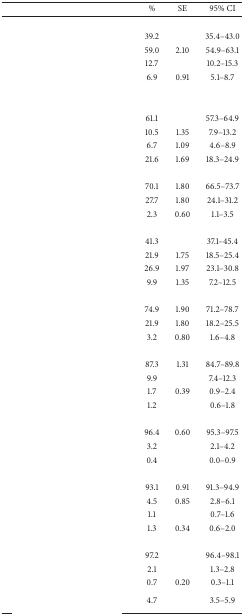
<table><thead><tr><td>[EMPTY_CELL]</td><td><b>%</b></td><td><b>SE</b></td><td><b>95% CI</b></td></tr></thead><tbody><tr><td>[EMPTY_CELL]</td><td>[EMPTY_CELL]</td><td>[EMPTY_CELL]</td><td>[EMPTY_CELL]</td></tr><tr><td>[EMPTY_CELL]</td><td>39.2</td><td>[EMPTY_CELL]</td><td>35.4–43.0</td></tr><tr><td>[EMPTY_CELL]</td><td>59.0</td><td>2.10</td><td>54.9–63.1</td></tr><tr><td>[EMPTY_CELL]</td><td>12.7</td><td>[EMPTY_CELL]</td><td>10.2–15.3</td></tr><tr><td>[EMPTY_CELL]</td><td>6.9</td><td>0.91</td><td>5.1–8.7</td></tr><tr><td>[EMPTY_CELL]</td><td>[EMPTY_CELL]</td><td>[EMPTY_CELL]</td><td>[EMPTY_CELL]</td></tr><tr><td>[EMPTY_CELL]</td><td>[EMPTY_CELL]</td><td>[EMPTY_CELL]</td><td>[EMPTY_CELL]</td></tr><tr><td>[EMPTY_CELL]</td><td>61.1</td><td>[EMPTY_CELL]</td><td>57.3–64.9</td></tr><tr><td>[EMPTY_CELL]</td><td>10.5</td><td>1.35</td><td>7.9–13.2</td></tr><tr><td>[EMPTY_CELL]</td><td>6.7</td><td>1.09</td><td>4.6–8.9</td></tr><tr><td>[EMPTY_CELL]</td><td>21.6</td><td>1.69</td><td>18.3–24.9</td></tr><tr><td>[EMPTY_CELL]</td><td>[EMPTY_CELL]</td><td>[EMPTY_CELL]</td><td>[EMPTY_CELL]</td></tr><tr><td>[EMPTY_CELL]</td><td>70.1</td><td>1.80</td><td>66.5–73.7</td></tr><tr><td>[EMPTY_CELL]</td><td>27.7</td><td>1.80</td><td>24.1–31.2</td></tr><tr><td>[EMPTY_CELL]</td><td>2.3</td><td>0.60</td><td>1.1–3.5</td></tr><tr><td>[EMPTY_CELL]</td><td>[EMPTY_CELL]</td><td>[EMPTY_CELL]</td><td>[EMPTY_CELL]</td></tr><tr><td>[EMPTY_CELL]</td><td>41.3</td><td>[EMPTY_CELL]</td><td>37.1–45.4</td></tr><tr><td>[EMPTY_CELL]</td><td>21.9</td><td>1.75</td><td>18.5–25.4</td></tr><tr><td>[EMPTY_CELL]</td><td>26.9</td><td>1.97</td><td>23.1–30.8</td></tr><tr><td>[EMPTY_CELL]</td><td>9.9</td><td>1.35</td><td>7.2–12.5</td></tr><tr><td>[EMPTY_CELL]</td><td>[EMPTY_CELL]</td><td>[EMPTY_CELL]</td><td>[EMPTY_CELL]</td></tr><tr><td>[EMPTY_CELL]</td><td>74.9</td><td>1.90</td><td>71.2–78.7</td></tr><tr><td>[EMPTY_CELL]</td><td>21.9</td><td>1.80</td><td>18.2–25.5</td></tr><tr><td>[EMPTY_CELL]</td><td>3.2</td><td>0.80</td><td>1.6–4.8</td></tr><tr><td>[EMPTY_CELL]</td><td>[EMPTY_CELL]</td><td>[EMPTY_CELL]</td><td>[EMPTY_CELL]</td></tr><tr><td>[EMPTY_CELL]</td><td>87.3</td><td>1.31</td><td>84.7–89.8</td></tr><tr><td>[EMPTY_CELL]</td><td>9.9</td><td>[EMPTY_CELL]</td><td>7.4–12.3</td></tr><tr><td>[EMPTY_CELL]</td><td>1.7</td><td>0.39</td><td>0.9–2.4</td></tr><tr><td>[EMPTY_CELL]</td><td>1.2</td><td>[EMPTY_CELL]</td><td>0.6–1.8</td></tr><tr><td>[EMPTY_CELL]</td><td>[EMPTY_CELL]</td><td>[EMPTY_CELL]</td><td>[EMPTY_CELL]</td></tr><tr><td>[EMPTY_CELL]</td><td>96.4</td><td>0.60</td><td>95.3–97.5</td></tr><tr><td>[EMPTY_CELL]</td><td>3.2</td><td>[EMPTY_CELL]</td><td>2.1–4.2</td></tr><tr><td>[EMPTY_CELL]</td><td>0.4</td><td>[EMPTY_CELL]</td><td>0.0–0.9</td></tr><tr><td>[EMPTY_CELL]</td><td>[EMPTY_CELL]</td><td>[EMPTY_CELL]</td><td>[EMPTY_CELL]</td></tr><tr><td>[EMPTY_CELL]</td><td>93.1</td><td>0.91</td><td>91.3–94.9</td></tr><tr><td>[EMPTY_CELL]</td><td>4.5</td><td>0.85</td><td>2.8–6.1</td></tr><tr><td>[EMPTY_CELL]</td><td>1.1</td><td>[EMPTY_CELL]</td><td>0.7–1.6</td></tr><tr><td>[EMPTY_CELL]</td><td>1.3</td><td>0.34</td><td>0.6–2.0</td></tr><tr><td>[EMPTY_CELL]</td><td>[EMPTY_CELL]</td><td>[EMPTY_CELL]</td><td>[EMPTY_CELL]</td></tr><tr><td>[EMPTY_CELL]</td><td>97.2</td><td>[EMPTY_CELL]</td><td>96.4–98.1</td></tr><tr><td>[EMPTY_CELL]</td><td>2.1</td><td>[EMPTY_CELL]</td><td>1.3–2.8</td></tr><tr><td>[EMPTY_CELL]</td><td>0.7</td><td>0.20</td><td>0.3–1.1</td></tr><tr><td>[EMPTY_CELL]</td><td>4.7</td><td>[EMPTY_CELL]</td><td>3.5–5.9</td></tr></tbody></table>